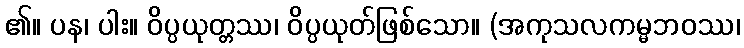
၏။ ပန၊ ပါး။ ဝိပ္ပယုတ္တဿ၊ ဝိပ္ပယုတ်ဖြစ်သော။ (အကုသလကမ္မဘဝဿ၊